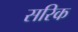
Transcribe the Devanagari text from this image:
सरिक